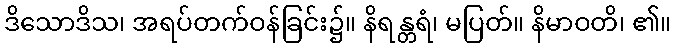
ဒိသောဒိသ၊ အရပ်တက်ဝန်ခြင်း၌။ နိရန္တရံ၊ မပြတ်။ နိမာဝတိ၊ ၏။